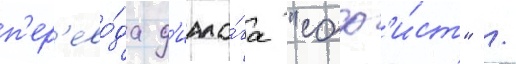
п'ер'ево́да д'иало́га "соф'и́ст" /